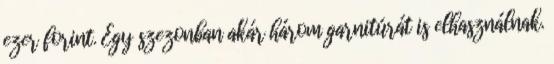
ezer forint. Egy szezonban akár három garnitúrát is elhasználnak.